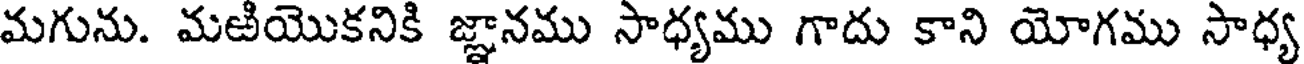
మగును. మఱియొకనికి జ్ఞానము సాధ్యము గాదు కాని యోగము సాధ్య